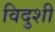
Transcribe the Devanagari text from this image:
विदुशी